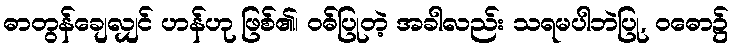
ဓာတွန်ချေလျှင် ဟန်ဟု ဖြစ်၏၊ ဝဓ်ပြုတဲ့ အခါလည်း သရမပါဘဲပြု, ဝဓော၌